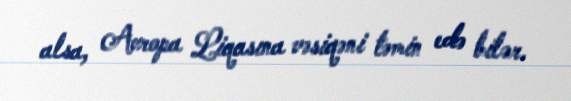
alsa, Avropa Liqasına vəsiqəni təmin edə bilər.